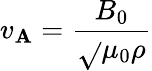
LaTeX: v_{\mathbf{A}}={\frac{{B_{0}}}{{\sqrt{}{{\mu_{0}\rho}}}}}